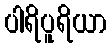
ပါရိပူရိယာ